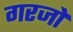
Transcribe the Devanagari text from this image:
गरजों